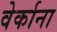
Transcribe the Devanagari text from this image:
वेर्काना